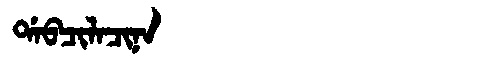
Manchu: ᡩᠠᠪᠴᡳᠯᠠᠴᡳᠨᠠ
Romanization: DABCILACINA